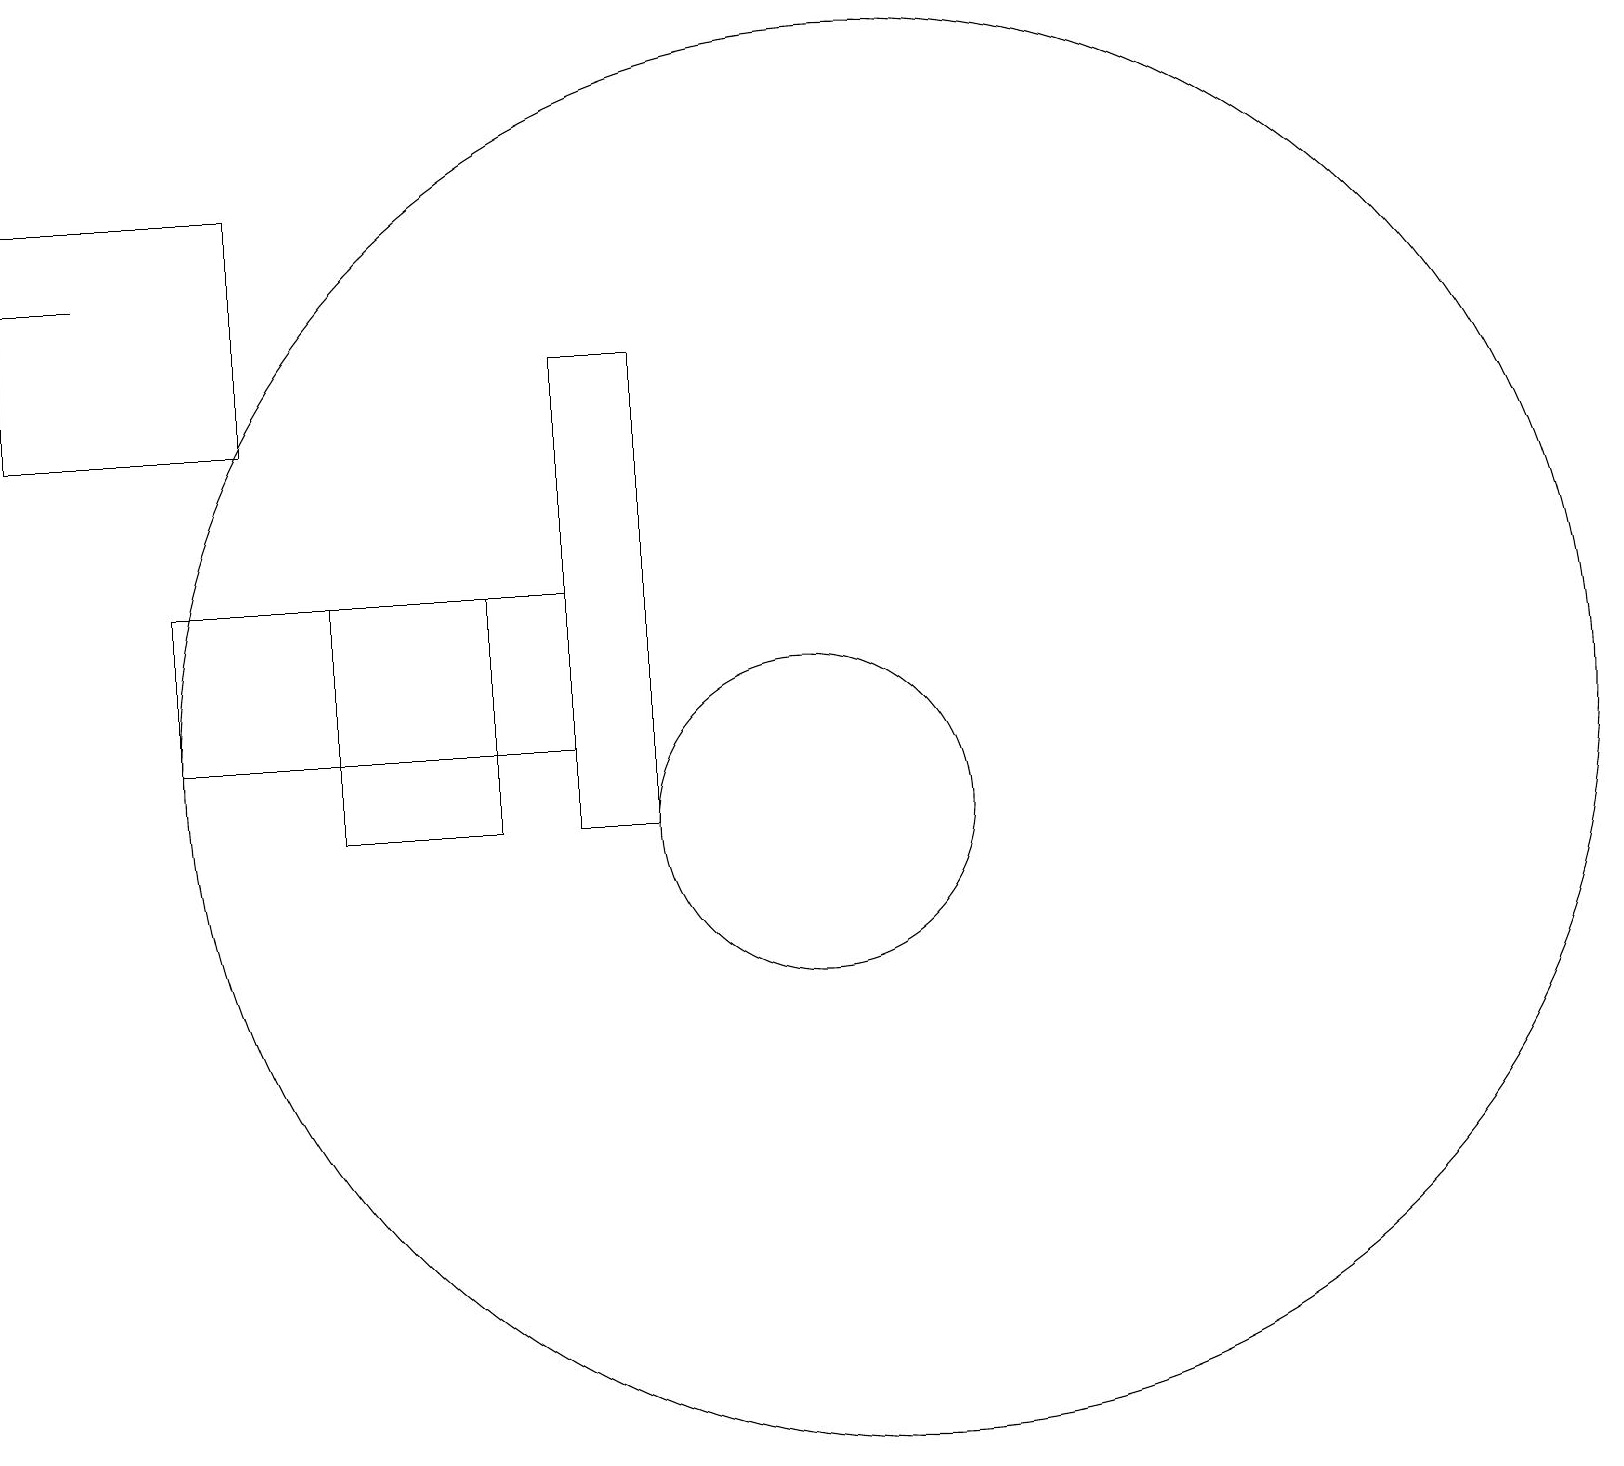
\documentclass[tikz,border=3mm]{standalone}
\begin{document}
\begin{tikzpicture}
\draw (12,12) circle (9);
\draw (5,11) rectangle (7,14);
\draw (11,11) circle (2);
\draw (2,18) rectangle (1,18);
\draw (8,14) rectangle (3,12);
\draw (9,11) rectangle (8,17);
\draw (1,19) rectangle (4,16);
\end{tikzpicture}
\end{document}